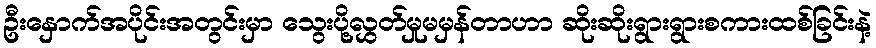
ဦးနှောက်အပိုင်းအတွင်းမှာ သွေးပို့လွှတ်မှုမမှန်တာဟာ ဆိုးဆိုးရွားရွားစကားထစ်ခြင်းနဲ့